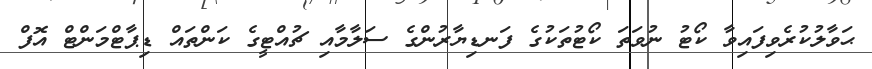
ޙަވާލުކުރެވިފައިވާ ކޯޓު ނުވަތަ ކޯޓުތަކުގެ ފަނޑިޔާރުންގެ ސަލާމާއި ޗުއްޓީގެ ކަންތައް ޑިޕާޓްމަންޓް އޮފް